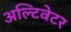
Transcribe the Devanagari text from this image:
अल्टिवेटर